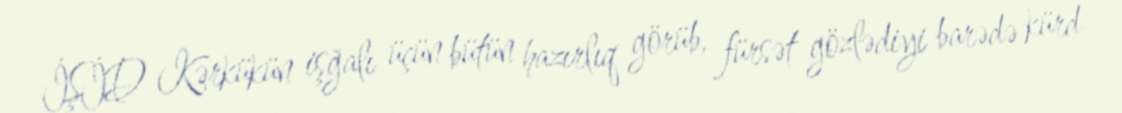
İŞİD Kərkükün işğalı üçün bütün hazırlıq görüb, fürsət gözlədiyi barədə kürd